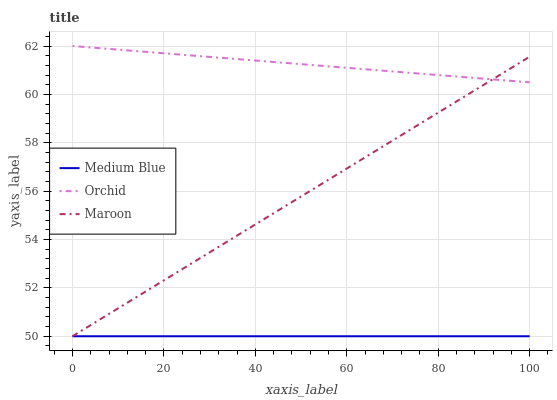
| xaxis_label | Medium Blue | Orchid | Maroon |
 | --- | --- | --- | --- |
 | 0 | 50 | 62 | 50 |
 | 20 | 50 | 61.7 | 52.3 |
 | 40 | 50 | 61.4 | 54.6 |
 | 60 | 50 | 61.1 | 56.9 |
 | 80 | 50 | 60.8 | 59.2 |
 | 100 | 50 | 60.5 | 61.6 |